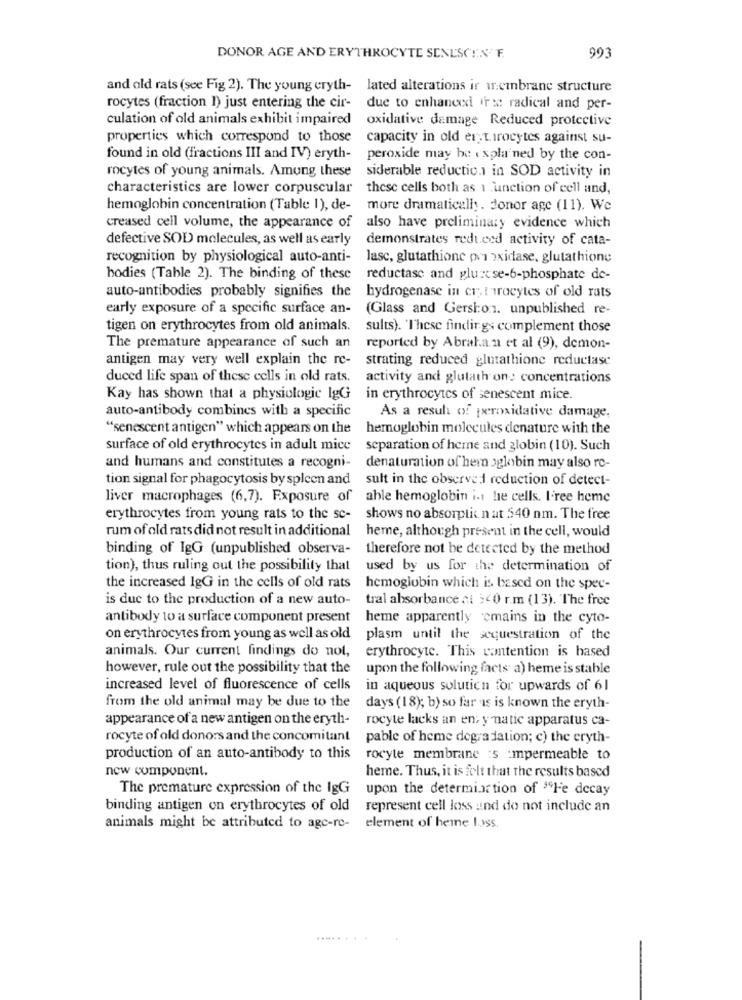
DONOR AGE AND ERYTHROCYTE SENESCEN F.
993
and old rats (see Fig 2). The young eryth- lated alterations ir ur.cinbrane structure
rocytes (fraction I) just entering the cir-
due to enhancexi rx: radical and per-
culation of old animals exhibit impaired
oxidative damage Reduced protective
properties which correspond to those
capacity in old er, tirocytes against su-
found in old (fractions III and IV) eryth-
peroxide may be . spla ned by the con-
rocytes of young animals. Among these
siderable reductio.1 in SOD activity in
characteristics are lower corpuscular
these cells both as 1 function of cell and,
hemoglobin concentration (Table 1), de-
more dramatically. Jonor age (11). We
creased cell volume, the appearance of
also have preliminary evidence which
defective SOD molecules, as well as early
demonstrates reduced activity of cata-
recognition by physiological auto-anti-
lasc, glutathione pri oxidase, glutathione
bodies (Table 2). The binding of these
reductase and pluscse-6-phosphate de-
auto-antibodies probably signifies the
hydrogenase in er, tirocytes of old rats
early exposure of a specific surface an-
(Glass and Gersi:on. unpublished re-
tigen on erythrocytes from old animals.
sults). These findings complement those
The premature appearance of such an
reported by Abrahan et al (9), demon-
antigen may very well explain the re-
strating reduced glutathione reductase
duced life span of these cells in old rats.
activity and glutath one concentrations
Kay has shown that a physiologic lgG in erythrocytes of senescent mice.
auto-antibody combines with a specific
As a result of peroxidative damage.
"senescent antigen" which appears on the
hemoglobin molecules denature with the
surface of old erythrocytes in adult mice separation of heme and globin (10). Such
and humans and constitutes a recogni-
denaturation of hem oglobin may also re-
tion signal for phagocytosis by spleen and sult in the observed reduction of detect-
liver macrophages (6,7). Exposure of able hemoglobin i. he cells. l'ree heme
erythrocytes from young rats to the sc- shows no absorptie nat 540 nm. The free
rum of old rats did not result in additional
heme, although present in the cell, would
binding of IgG (unpublished observa-
therefore not be detected by the method
tion), thus ruling out the possibility that used by us for the determination of
the increased IgG in the cells of old rats
hemoglobin which is based on the spec-
is due to the production of a new auto-
tral absorbance at 540 r.m (13). The free
antibody to a surface component present
heme apparently cmains in the cyto-
on erythrocytes from young as well as old
plasm until the sequestration of the
animals. Our current findings do not,
erythrocyte. This contention is based
however, rule out the possibility that the
upon the following facts a) heme is stable
increased level of fluorescence of cells
in aqueous solution for upwards of 61
from the old animal may be due to the
days (18); b) so far as is known the eryth-
appearance of a new antigen on the eryth-
rocyte lacks an en; ymatic apparatus ca-
rocyte of old donors and the concomitant
pable of heme degradation; c) the eryth-
production of an auto-antibody to this
rocyte membrane :s :mpermeable to
new component.
heme. Thus, it is felt that the results based
The premature expression of the IgG
upon the determination of "Fe decay
binding antigen on erythrocytes of old
represent cell loss and do not include an
animals might be attributed to age-re-
element of heme 1.ss,
...... ...